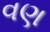
વણ